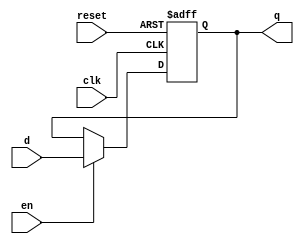
module d_ff_reset_en 
(
	input wire clk,
	input wire reset,
	input wire en,
	input wire d,
	output reg q
);

always @(posedge clk, posedge reset)
begin
	if (reset)
    	q <= 1'b0;
	else if (en)
    	q <= d;   
end    
endmodule